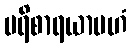
ပရိစာရယာမဟံ